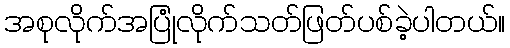
အစုလိုက်အပြုံလိုက်သတ်ဖြတ်ပစ်ခဲ့ပါတယ်။